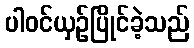
ပါဝင်ယှဉ်ပြိုင်ခဲ့သည်